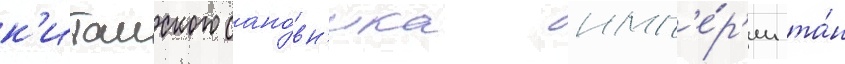
к'итаиского сано́вн'ика имп'е́р'ии та́н